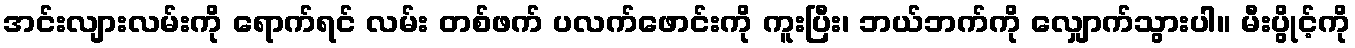
အင်းလျားလမ်းကို ရောက်ရင် လမ်း တစ်ဖက် ပလက်ဖောင်းကို ကူးပြီး၊ ဘယ်ဘက်ကို လျှောက်သွားပါ။ မီးပွိုင့်ကို